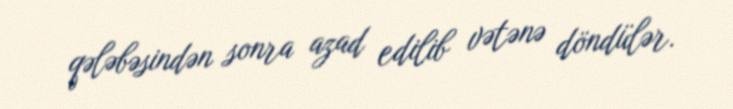
qələbəsindən sonra azad edilib vətənə döndülər.